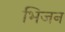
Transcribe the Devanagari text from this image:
भिजन